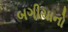
બગીચાનો